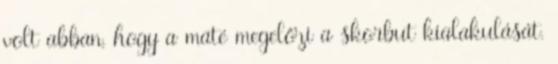
volt abban, hogy a maté megelőzi a skorbut kialakulását.